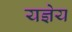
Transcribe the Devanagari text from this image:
यज्ञेय